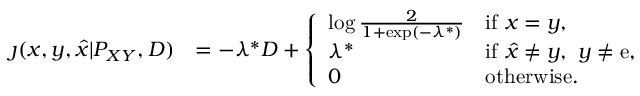
\begin{array} { r l } { \jmath ( x , y , \hat { x } | P _ { X Y } , D ) } & { = - \lambda ^ { * } D + \left\{ \begin{array} { l l } { \log \frac { 2 } { 1 + \exp ( - \lambda ^ { * } ) } } & { \mathrm { i f ~ } x = y , } \\ { \lambda ^ { * } } & { \mathrm { i f ~ } \hat { x } \neq y , ~ y \neq \mathrm { e } , } \\ { 0 } & { \mathrm { o t h e r w i s e } . } \end{array} \right. } \end{array}